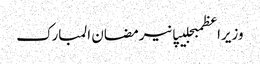
وزیراعظمبجلیپانیرمضان المبارک